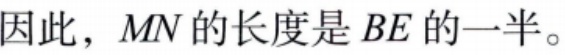
因此，\(MN\)的长度是\(BE\)的一半。